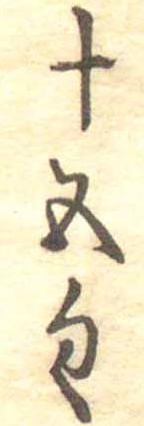
十五匁